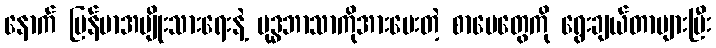
နောက် မြန်မာအမျိုးသားရေးနဲ့ ဗုဒ္ဓဘာသာကိုအားပေးတဲ့ စာပေတွေကို ရွေးချယ်တာများပြီး